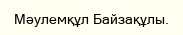
Мәулемқұл Байзақұлы.